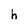
Character: h